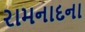
રામનાદના